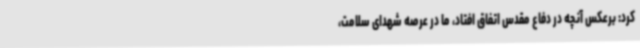
کرد: برعکس آنچه در دفاع مقدس اتفاق افتاد، ما در عرصه شهدای سلامت،